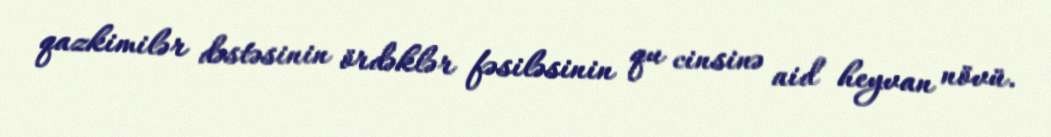
qazkimilər dəstəsinin ördəklər fəsiləsinin qu cinsinə aid heyvan növü.